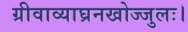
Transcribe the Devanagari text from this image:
ग्रीवाव्याघ्रनखोज्जुलः।